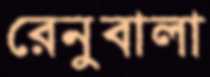
রেনুবালা